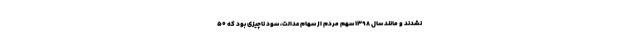
نشدند و مانند سال ۱۳۹۸ سهم مردم از سهام عدالت، سود ناچیزی بود که ۵۰